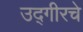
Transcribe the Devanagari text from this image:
उद्गीरचे